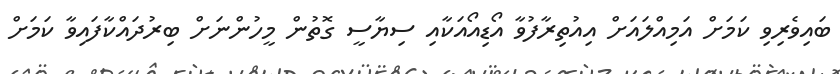
ބައިވެރިވި ކަމަށް އަމިއްލައަށް އިއުތިރާފުވާ އޯޑިއޯއަކާއި ސިޔާސީ ގޮތުން މީހުންނަށް ބިރުދައްކާފައިވާ ކަމަށް